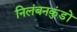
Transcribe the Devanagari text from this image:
निलंबनकुंडों